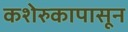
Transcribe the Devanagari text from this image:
कशेरुकापासून